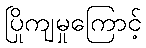
ပြိုကျမှုကြောင့်